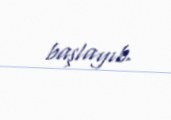
başlayıb.